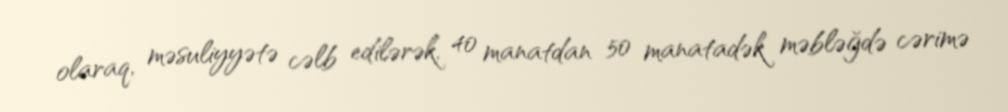
olaraq, məsuliyyətə cəlb edilərək, 40 manatdan 50 manatadək məbləğdə cərimə